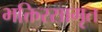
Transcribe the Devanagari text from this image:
भक्तिरसामृत